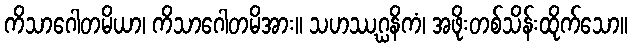
ကိသာဂေါတမိယာ၊ ကိသာဂေါတမိအား။ သဟဿဂ္ဃနိကံ၊ အဖိုးတစ်သိန်းထိုက်သော။